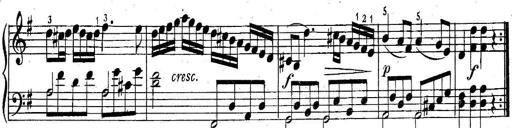
Title: 6 Easy Sonatinas
Composer: Carl Czerny